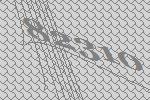
82310